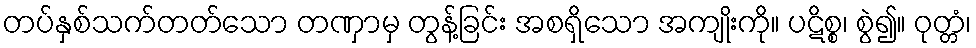
တပ်နှစ်သက်တတ်သော တဏှာမှ တွန့်ခြင်း အစရှိသော အကျိုးကို။ ပဋိစ္စ၊ စွဲ၍။ ဝုတ္တံ၊